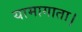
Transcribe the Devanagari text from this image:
यामागाता।